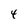
Character: 4